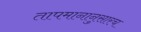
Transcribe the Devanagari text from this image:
तापमानानुसारच